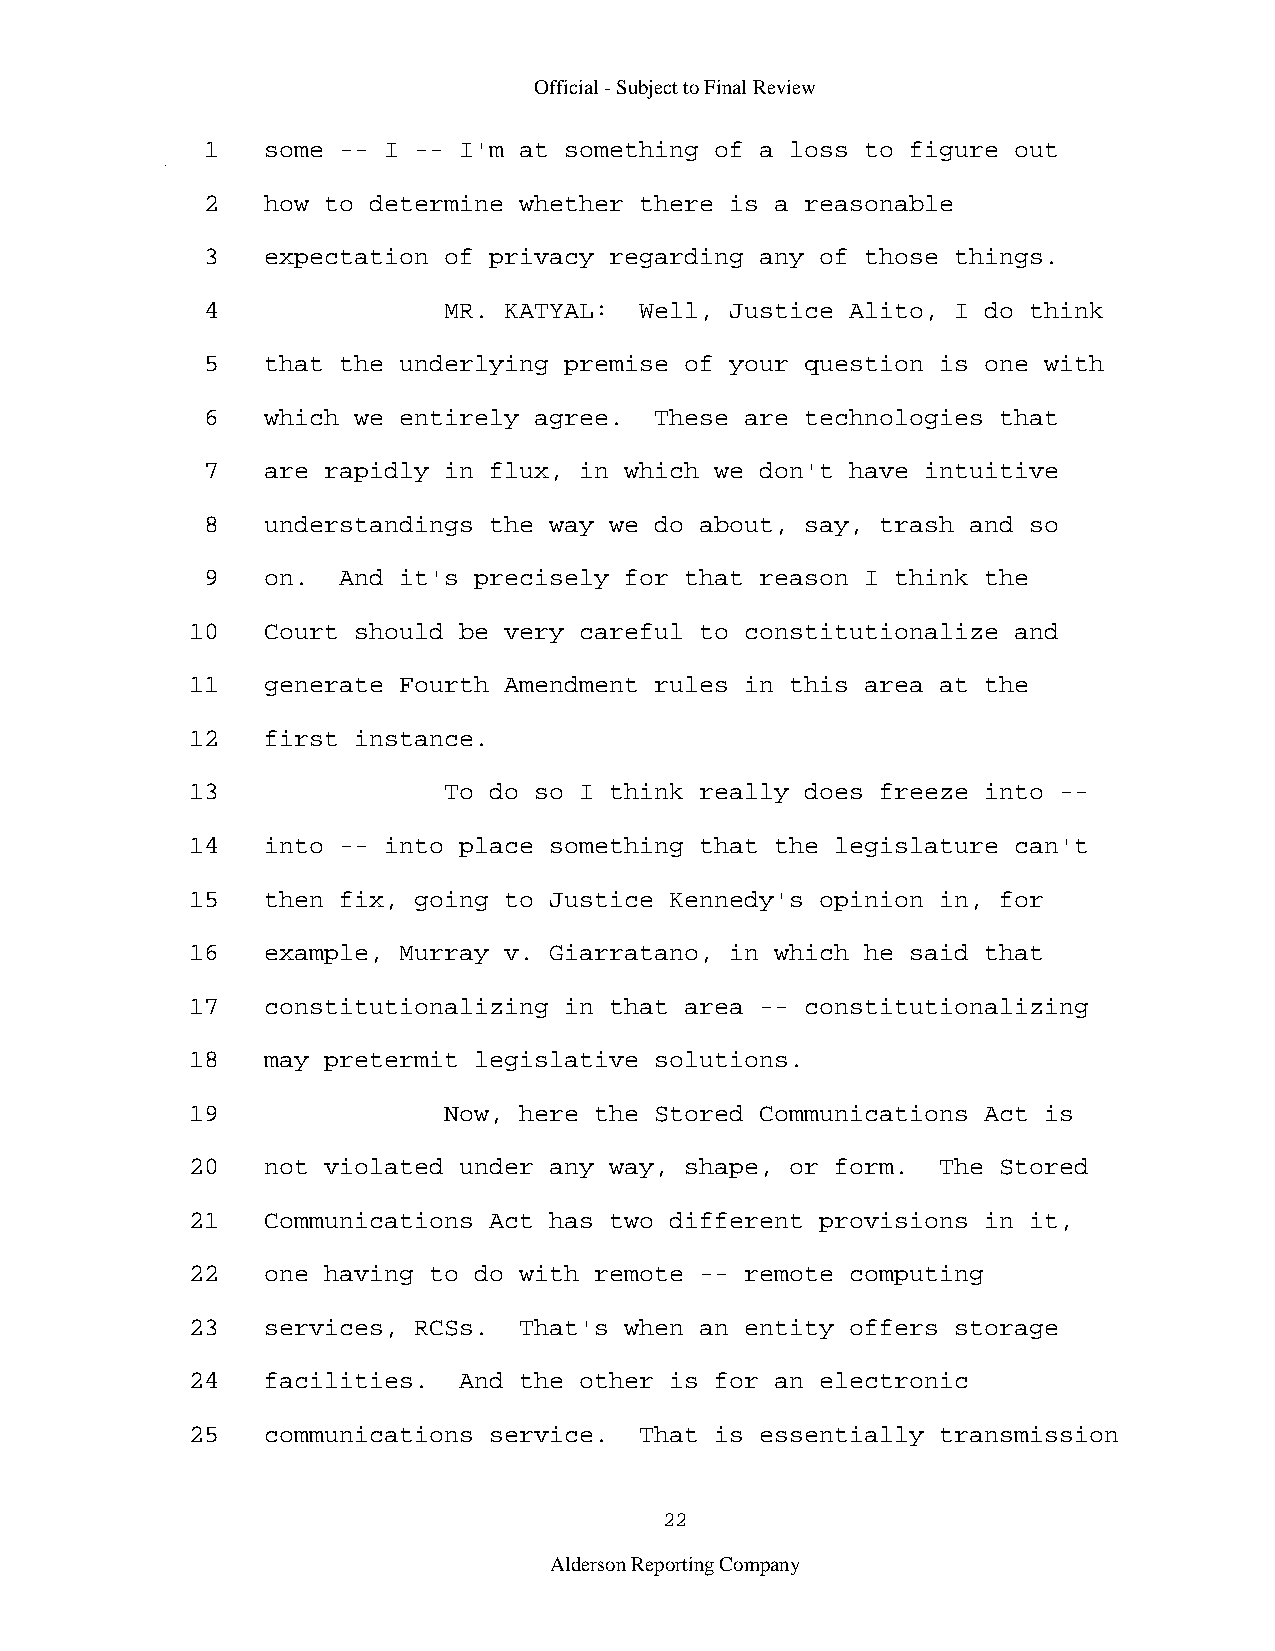
Official - Subject to Final Review
 1   some -- I -- I'm at something of a loss to figure out
 2   how to determine whether there is a reasonable
 3   expectation of privacy regarding any of those things.
 4               MR. KATYAL:  Well, Justice Alito, I do think
 5   that the underlying premise of your question is one with
 6   which we entirely agree.  These are technologies that
 7   are rapidly in flux, in which we don't have intuitive
 8   understandings the way we do about, say, trash and so
 9   on.  And it's precisely for that reason I think the
 10   Court should be very careful to constitutionalize and
 11   generate Fourth Amendment rules in this area at the
 12   first instance.
 13               To do so I think really does freeze into --
 14   into -- into place something that the legislature can't
 15   then fix, going to Justice Kennedy's opinion in, for
 16   example, Murray v. Giarratano, in which he said that
 17   constitutionalizing in that area -- constitutionalizing
 18   may pretermit legislative solutions.
 19               Now, here the Stored Communications Act is
 20   not violated under any way, shape, or form.  The Stored
 21   Communications Act has two different provisions in it,
 22   one having to do with remote -- remote computing
 23   services, RCSs.  That's when an entity offers storage
 24   facilities.  And the other is for an electronic
 25   communications service.  That is essentially transmission
 22
 Alderson Reporting Company